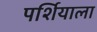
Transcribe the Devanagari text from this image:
पर्शियाला